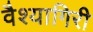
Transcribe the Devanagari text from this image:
वैश्यागिरी